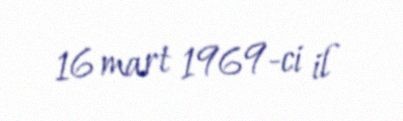
16 mart 1969-ci il